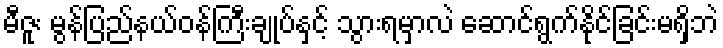
မီဇူး မွန်ပြည်နယ်ဝန်ကြီးချုပ်နှင့် သွားရမှာလဲ ဆောင်ရွက်နိုင်ခြင်းမရှိဘဲ